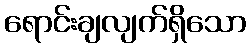
ရောင်းချလျက်ရှိသော